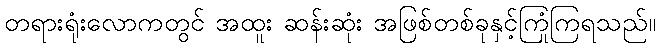
တရားရုံးလောကတွင် အထူး ဆန်းဆုံး အဖြစ်တစ်ခုနှင့်ကြုံကြရသည်။